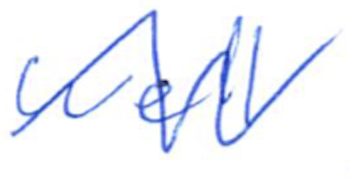
Text: well
Cross-out: zig-zag
Writing tool: ballpoint